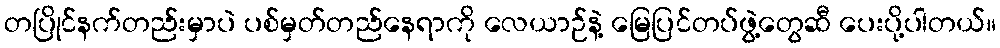
တပြိုင်နက်တည်းမှာပဲ ပစ်မှတ်တည်နေရာကို လေယာဉ်နဲ့ မြေပြင်တပ်ဖွဲ့တွေဆီ ပေးပို့ပါတယ်။